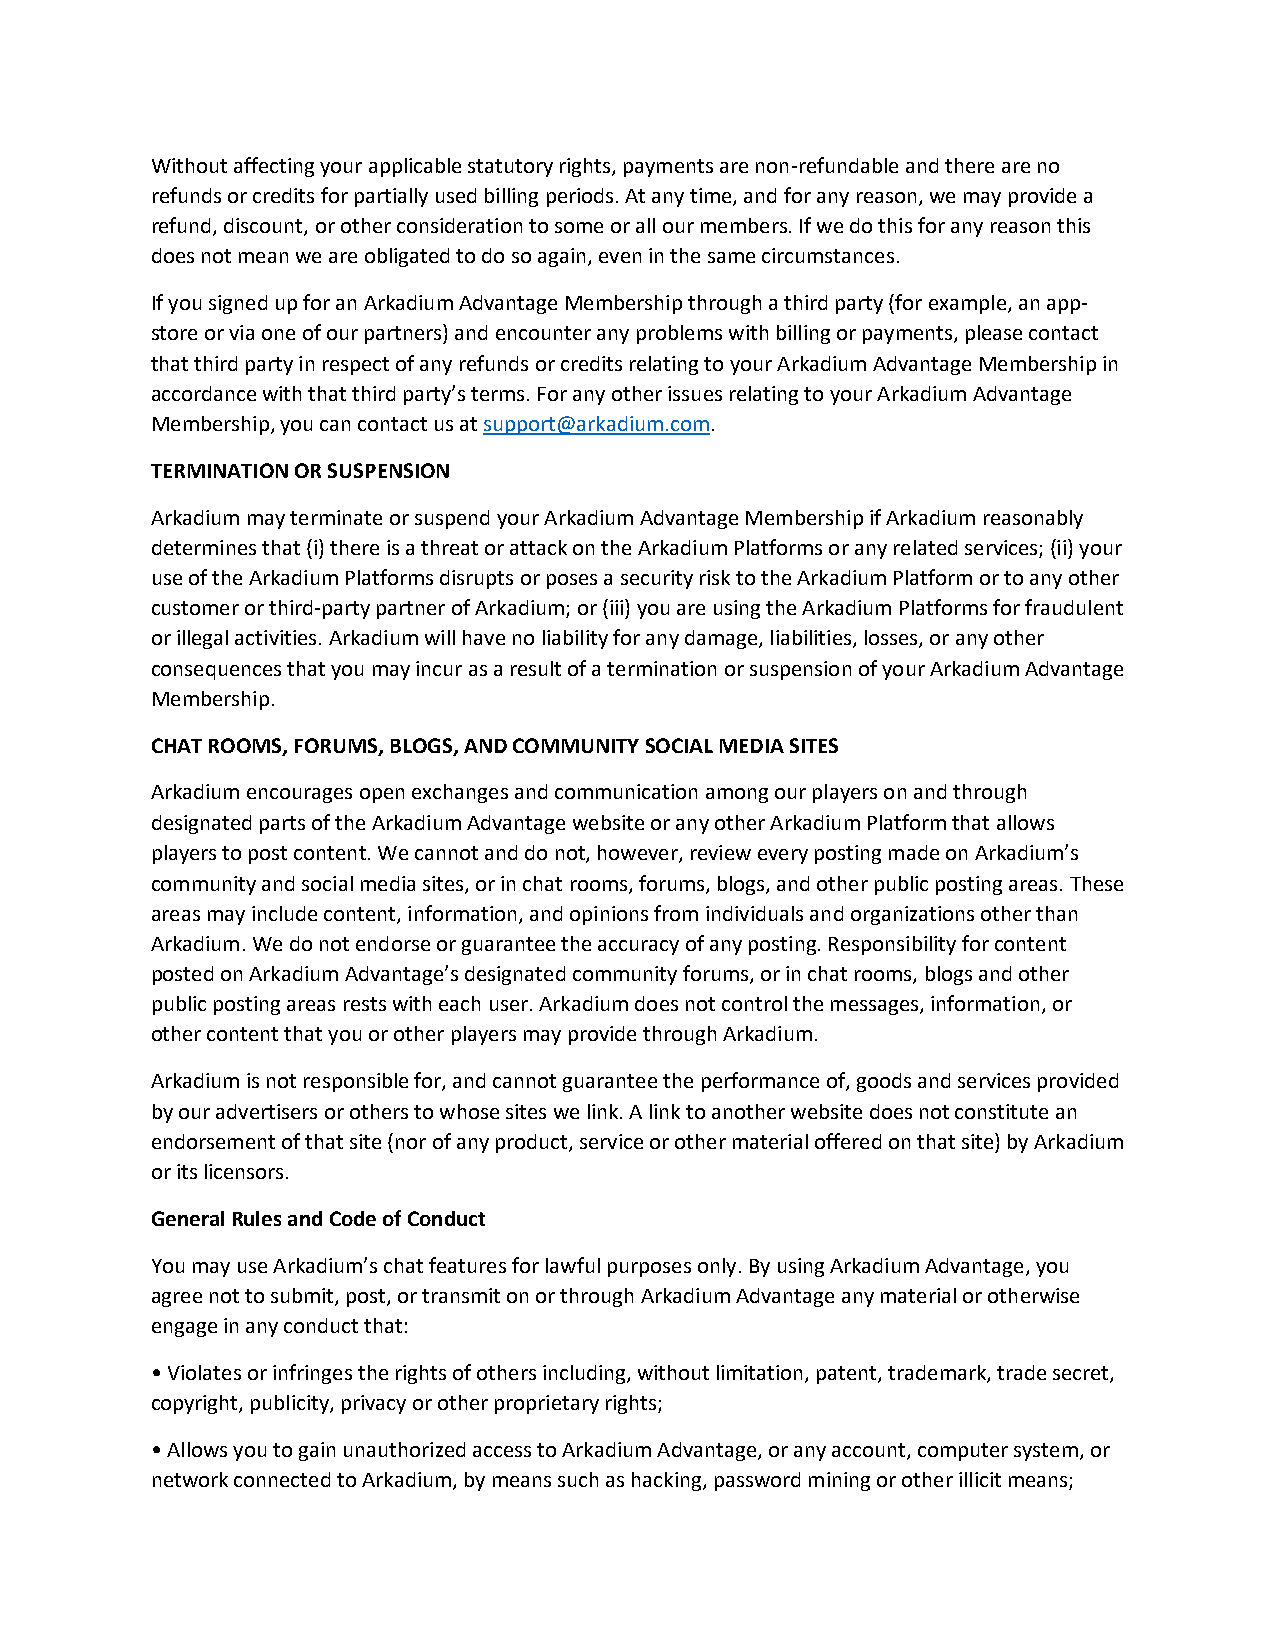
Without affecting your applicable statutory rights, payments are non-refundable and there are no
 refunds or credits for partially used billing periods. At any time, and for any reason, we may provide a
 refund, discount, or other consideration to some or all our members. If we do this for any reason this
 does not mean we are obligated to do so again, even in the same circumstances.
 If you signed up for an Arkadium Advantage Membership through a third party (for example, an app-
 store or via one of our partners) and encounter any problems with billing or payments, please contact
 that third party in respect of any refunds or credits relating to your Arkadium Advantage Membership in
 accordance with that third party’s terms. For any other issues relating to your Arkadium Advantage
 Membership, you can contact us at support@arkadium.com.
 TERMINATION OR SUSPENSION
 Arkadium may terminate or suspend your Arkadium Advantage Membership if Arkadium reasonably
 determines that (i) there is a threat or attack on the Arkadium Platforms or any related services; (ii) your
 use of the Arkadium Platforms disrupts or poses a security risk to the Arkadium Platform or to any other
 customer or third-party partner of Arkadium; or (iii) you are using the Arkadium Platforms for fraudulent
 or illegal activities. Arkadium will have no liability for any damage, liabilities, losses, or any other
 consequences that you may incur as a result of a termination or suspension of your Arkadium Advantage
 Membership.
 CHAT ROOMS, FORUMS, BLOGS, AND COMMUNITY SOCIAL MEDIA SITES
 Arkadium encourages open exchanges and communication among our players on and through
 designated parts of the Arkadium Advantage website or any other Arkadium Platform that allows
 players to post content. We cannot and do not, however, review every posting made on Arkadium’s
 community and social media sites, or in chat rooms, forums, blogs, and other public posting areas. These
 areas may include content, information, and opinions from individuals and organizations other than
 Arkadium. We do not endorse or guarantee the accuracy of any posting. Responsibility for content
 posted on Arkadium Advantage’s designated community forums, or in chat rooms, blogs and other
 public posting areas rests with each user. Arkadium does not control the messages, information, or
 other content that you or other players may provide through Arkadium.
 Arkadium is not responsible for, and cannot guarantee the performance of, goods and services provided
 by our advertisers or others to whose sites we link. A link to another website does not constitute an
 endorsement of that site (nor of any product, service or other material offered on that site) by Arkadium
 or its licensors.
 General Rules and Code of Conduct
 You may use Arkadium’s chat features for lawful purposes only. By using Arkadium Advantage, you
 agree not to submit, post, or transmit on or through Arkadium Advantage any material or otherwise
 engage in any conduct that:
 • Violates or infringes the rights of others including, without limitation, patent, trademark, trade secret,
 copyright, publicity, privacy or other proprietary rights;
 • Allows you to gain unauthorized access to Arkadium Advantage, or any account, computer system, or
 network connected to Arkadium, by means such as hacking, password mining or other illicit means;